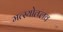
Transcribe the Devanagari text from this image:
मत्स्योत्प्लव